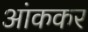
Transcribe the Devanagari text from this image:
आंककर